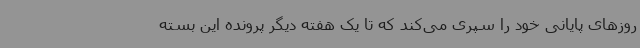
روزهای پایانی خود را سپری می‌کند که تا یک هفته دیگر پرونده این بسته